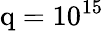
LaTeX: \mathrm{q}=10^{15}